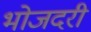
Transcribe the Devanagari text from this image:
भोजदरी